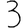
Digit: 3